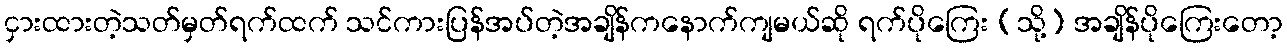
ငှားထားတဲ့သတ်မှတ်ရက်ထက် သင်ကားပြန်အပ်တဲ့အချိန်ကနောက်ကျမယ်ဆို ရက်ပိုကြေး (သို့) အချိန်ပိုကြေးတော့